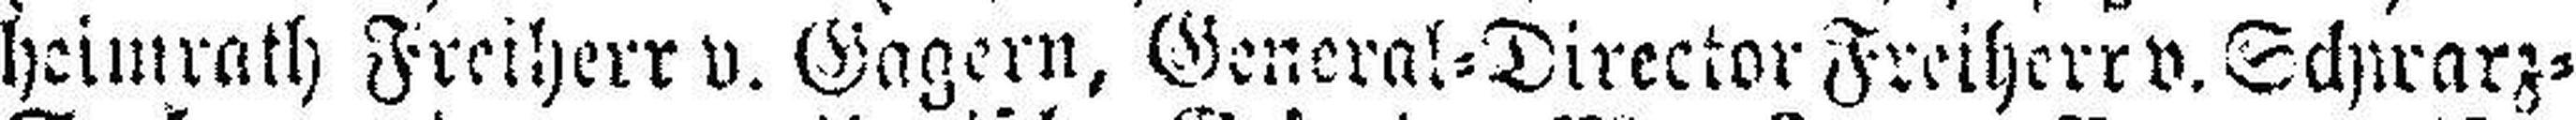
heimrath Freiherr v. Gagern, General=Director Freiherr v. Schwarz=